Annual report on the Civil Veterinary Department, Burma (including the Insein Veterinary School) - 1932-1941
Year: 1932
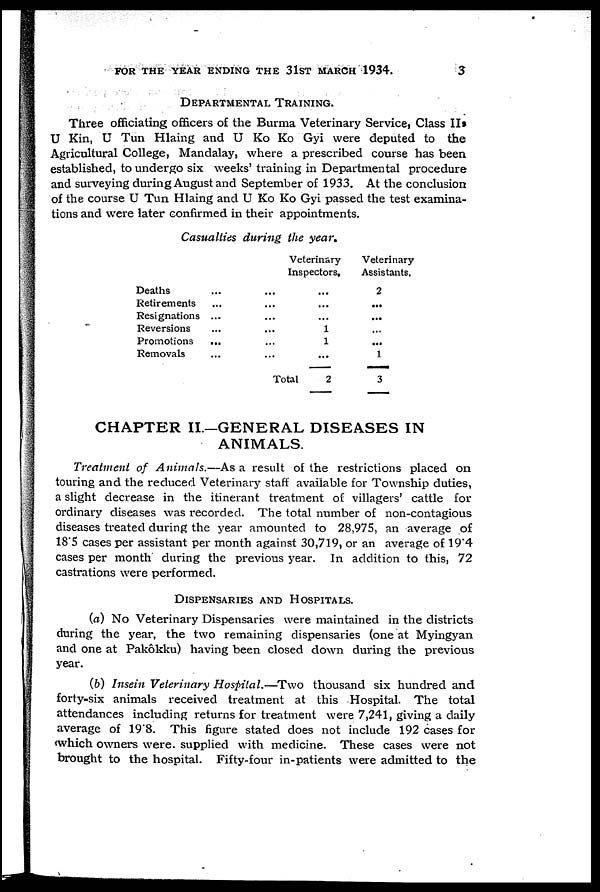
FOR THE YEAR ENDING THE 31ST MARCH 1934.
3
DEPARTMENTAL TRAINING.
Three officiating officers of the Burma Veterinary Service, Class II,
U Kin, U Tun Hlaing and U Ko Ko Gyi were deputed to the
Agricultural College, Mandalay, where a prescribed course has been
established, to undergo six weeks' training in Departmental procedure
and surveying during August and September of 1933. At the conclusion
of the course U Tun Hlaing and U Ko Ko Gyi passed the test examina-
tions and were later confirmed in their appointments.
Casualties during the year.
Deaths
Retirements
Resignations
Reversions
Promotions
Removals
...
...
...
...
...
...
...
...
...
...
...
...
Veterinary
Inspectors,
...
...
...
1
1
...
Total
2
Veterinary
Assistants.
2
...
...
...
...
1
3
CHAPTER II.—GENERAL DISEASES IN
ANIMALS.
Treatment of Animals.—As a result of the restrictions placed on
touring and the reduced Veterinary staff available for Township duties,
a slight decrease in the itinerant treatment of villagers' cattle for
ordinary diseases was recorded. The total number of non-contagious
diseases treated during the year amounted to 28,975, an average of
18'5 cases per assistant per month against 30,719, or an average of 19.4
cases per month during the previous year. In addition to this, 72
castrations were performed.
Dispensaries and Hospitals.
(a) No Veterinary Dispensaries were maintained in the districts
during the year, the two remaining dispensaries (one at Myingyan
and one at Pakôkku) having been closed down during the previous
year.
(b) Insein Veterinary Hospital.—Two thousand six hundred and
forty-six animals received treatment at this Hospital. The total
attendances including returns for treatment were 7,241, giving a daily
average of 19'8. This figure stated does not include 192 cases for
which owners were, supplied with medicine. These cases were not
brought to the hospital. Fifty-four in-patients were admitted to the